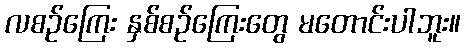
လစဉ်ကြေး နှစ်စဉ်ကြေးတွေ မတောင်းပါဘူး။